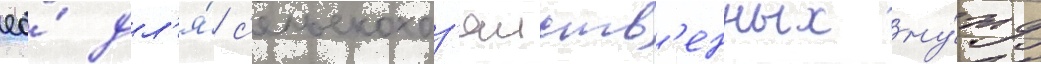
ео́ дл'я́ с'ельскохоз'яиств'енных ну́жд